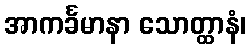
အာကင်္ခမာနာ သောတ္ထာနံ၊